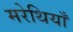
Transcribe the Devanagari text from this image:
मरेथियाँ